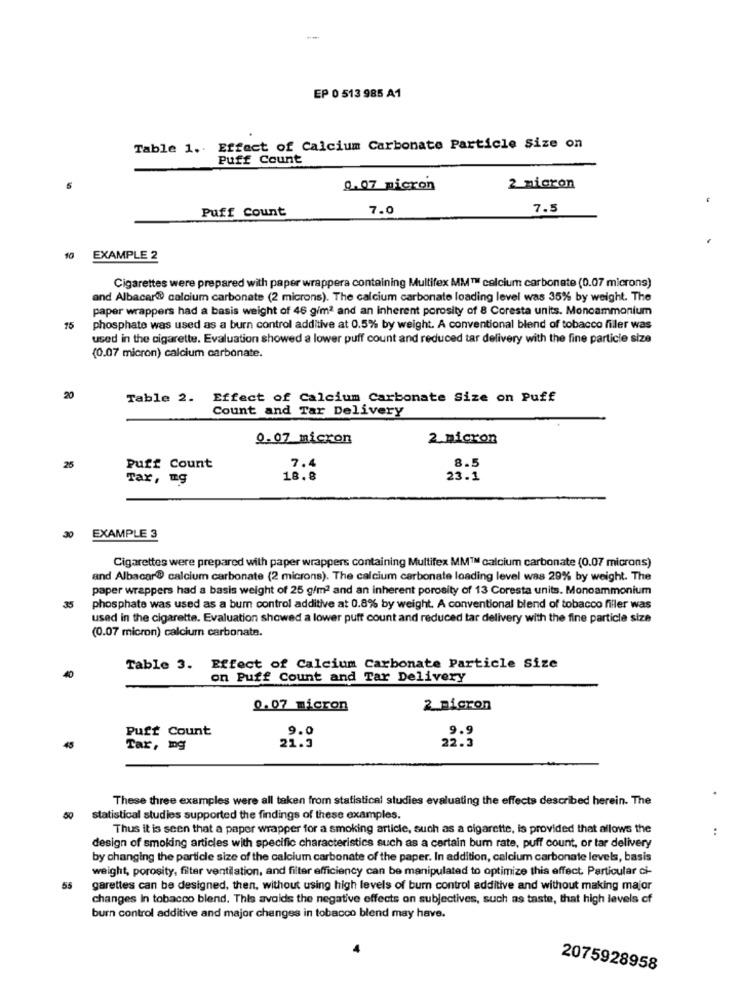
EP 0 513 985 A1
Table 1. Effect of Calcium Carbonate Particle Size on
Puff Count
0.07 micron
2 micron
Puff Count
7.0
7.5
10
EXAMPLE 2
Cigarettes were prepared with paper wrappera containing Multifex MM™ calcium carbonate (0.07 microns)
and Albacar@ calcium carbonate (2 microns). The calcium carbonate loading level was 35% by weight. The
paper wrappers had a basis weight of 46 gim2 and an inherent porosity of 8 Coresta units. Monoammonium
15
phosphate was used as a burn control additive at 0.5% by weight. A conventional blend of tobacco filler was
used in the cigarette. Evaluation showed a lower puff count and reduced tar delivery with the fine particle size
(0.07 micron) calcium carbonate.
20
Table 2.
Effect of Calcium Carbonate Size on Puff
Count and Tar Delivery
0.07 micron
2 micron
8.5
25
Puff Count
7.4
Tar,
18.8
23.1
30
EXAMPLE 3
Cigarettes were prepared with paper wrappers containing Multifex MM™ calcium carbonate (0.07 microns)
and Albacar® calcium carbonate (2 microns). The calcium carbonate loading level was 29% by weight. The
paper wrappers had a basis weight of 25 g/m2 and an inherent porosity of 13 Coresta units. Monoammonium
35
phosphate was used as a bum control additive at 0.8% by weight. A conventional blend of tobacco filler was
used in the cigarette. Evaluation showed a lower puff count and reduced tar delivery with the fine particle size
(0.07 micron) calcium carbonate.
Table 3.
Effect of Calcium Carbonate Particle Size
on Puff Count and Tar Delivery
0.07 micron
2 micron
Puff Count
9.0
9.9
22.5
Tar, mg
21.3
These three examples were all taken from statistical studies evaluating the effects described herein. The
50
statistical studies supported the findings of these examples.
Thus it is seen that a paper wrapper for a smoking article, such as a cigarette, is provided that allows the
..
design of smoking articles with specific characteristics such as a certain bum rate, puff count, or tar delivery
by changing the particle size of the calcium carbonate of the paper. In addition, calcium carbonate levels, basis
weight, porosity, filter ventilation, and filter efficiency can be manipulated to optimize this effect. Particular ci-
55
garettes can be designed, then, without using high levels of burn control additive and without making major
changes In tobacco blend. This avoids the negative effects on subjectives, such as taste, that high levels of
burn control additive and major changes in tobacco blend may have.
2075928958